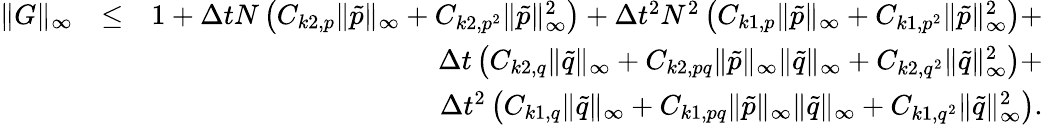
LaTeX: \begin{array}{rlr}{\| G\| _{\infty}}&{\leq}&{1+\Delta tN\left(C_{k2,p}\| \tilde{p}\| _{\infty}+C_{k2,p^{2}}\| \tilde{p}\| _{\infty}^{2}\right)+\Delta t^{2}N^{2}\left(C_{k1,p}\| \tilde{p}\| _{\infty}+C_{k1,p^{2}}\| \tilde{p}\| _{\infty}^{2}\right)+}\\ &{}&{\Delta t\left(C_{k2,q}\| \tilde{q}\| _{\infty}+C_{k2,pq}\| \tilde{p}\| _{\infty}\| \tilde{q}\| _{\infty}+C_{k2,q^{2}}\| \tilde{q}\| _{\infty}^{2}\right)+}\\ &{}&{\Delta t^{2}\left(C_{k1,q}\| \tilde{q}\| _{\infty}+C_{k1,pq}\| \tilde{p}\| _{\infty}\| \tilde{q}\| _{\infty}+C_{k1,q^{2}}\| \tilde{q}\| _{\infty}^{2}\right).}\end{array}